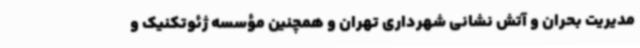
مدیریت بحران و آتش نشانی شهرداری تهران و همچنین مؤسسه ژئوتکنیک و